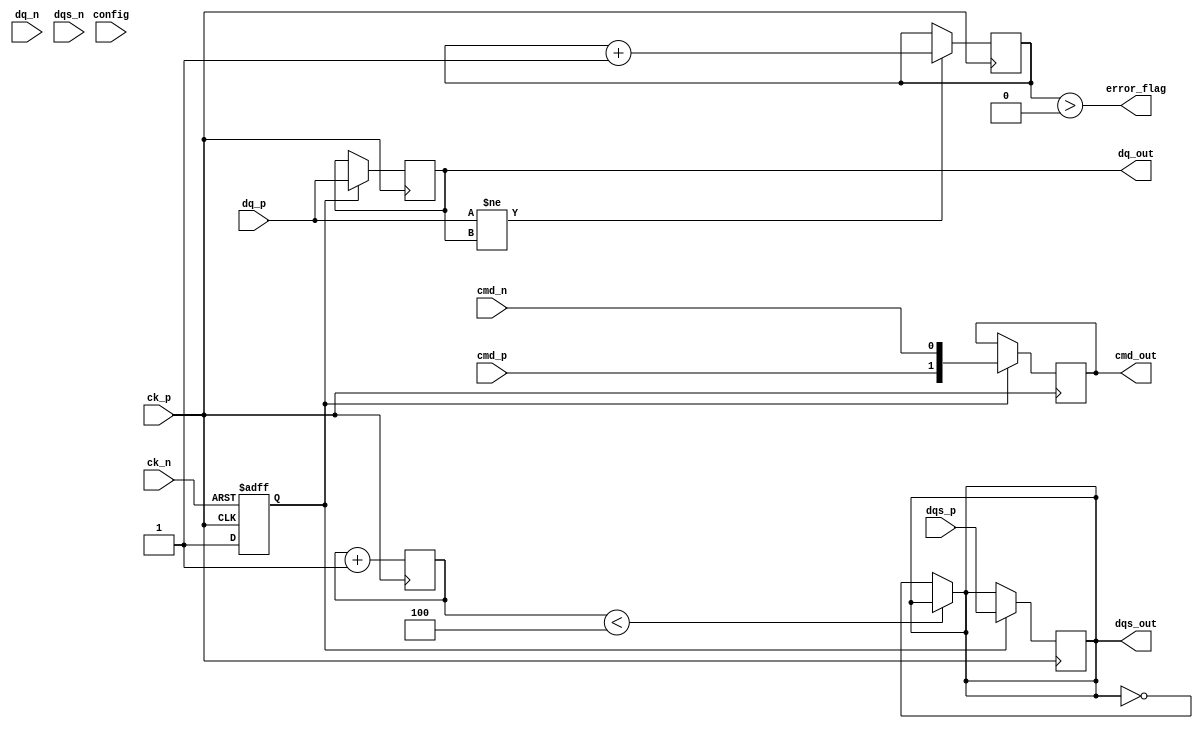
module LPDDR4_IO_Block (
    // Differential data pads
    input wire [DQ_WIDTH-1:0] dq_p,   // Data positive
    input wire [DQ_WIDTH-1:0] dq_n,   // Data negative
    // Command pads
    input wire cmd_p,                  // Command positive
    input wire cmd_n,                  // Command negative
    // Clock pads
    input wire ck_p,                   // Clock positive
    input wire ck_n,                   // Clock negative
    // Strobe pads
    input wire dqs_p,                  // DQS positive
    input wire dqs_n,                  // DQS negative
    // Configuration and control signals
    input wire [CONFIG_WIDTH-1:0] config, // Configuration registers
    output wire [DQ_WIDTH-1:0] dq_out, // Output data lines
    output wire [CMD_WIDTH-1:0] cmd_out, // Command output
    output wire dqs_out,               // DQS output
    output wire error_flag              // Error detection flag
);

parameter DQ_WIDTH = 8;        // Data width (8, 16, etc.)
parameter CMD_WIDTH = 2;       // Command width
parameter CONFIG_WIDTH = 4;    // Configuration register width

// Internal signals
reg [DQ_WIDTH-1:0] dq_reg;     // Register for data
reg [CMD_WIDTH-1:0] cmd_reg;    // Register for command
reg dqs_reg;                    // Register for DQS
reg [7:0] error_code;           // Error code for detection

// Clock gating control
reg clk_enable;

// Output assignments
assign dq_out = dq_reg;
assign cmd_out = cmd_reg;
assign dqs_out = dqs_reg;

// Clock Management and Gating
always @(posedge ck_p or negedge ck_n) begin
    if (!ck_n) begin
        clk_enable <= 0; // Disable clock on negative edge
    end else begin
        clk_enable <= 1; // Enable clock on positive edge
    end
end

// Data Transfer Logic
always @(posedge ck_p) begin
    if (clk_enable) begin
        dq_reg <= dq_p; // Capture data on rising edge of clock
        cmd_reg <= {cmd_p, cmd_n}; // Capture command
        dqs_reg <= dqs_p; // Capture DQS
    end
end

// Error Detection Logic (Placeholder for ECC or CRC)
always @(posedge ck_p) begin
    // Simple error detection logic for demonstration
    if (dq_p != dq_reg) begin
        error_code <= error_code + 1; // Increment error code
    end
end

assign error_flag = (error_code > 0); // Set error flag if errors detected

// Configuration Control and Drive Strength Logic
always @(config) begin
    // Implement configuration settings here
    // For example, drive strength, ODT settings, etc.
end

// DQS Delay Adjustment Logic would typically require more complexity
// Here we implement a simple delay mechanism
reg [3:0] dqs_delay;

always @(posedge ck_p) begin
    dqs_delay <= dqs_delay + 1; // Increment delay counter
end

// Output the adjusted DQS based on delay configuration
assign dqs_out = (dqs_delay < 4) ? dqs_reg : ~dqs_reg;

// BIST and Debugging features can be added here

endmodule